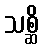
သစ္ဆိ